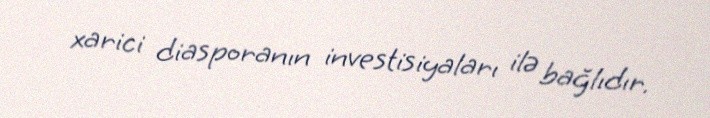
xarici diasporanın investisiyaları ilə bağlıdır.